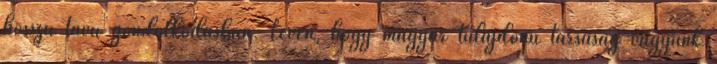
hosszú távú gondolkodásban. Lévén, hogy magyar tulajdonú társaság vagyunk